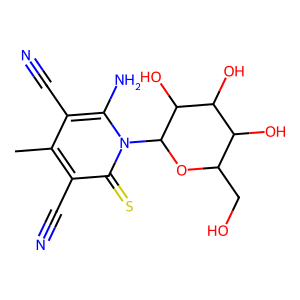
SMILES: Cc1c(C#N)c(N)n(C2OC(CO)C(O)C(O)C2O)c(=S)c1C#N
Inhibits HIV replication: No